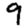
Digit: 9